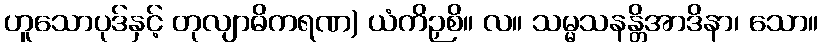
ဟူသောပုဒ်နှင့် တုလျာဓိကရဏ) ယံကိဉှစိ။ လ။ သမ္မသနန္တိအာဒိနာ၊ သော။